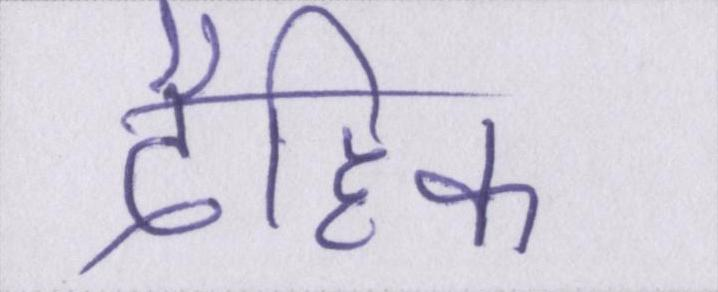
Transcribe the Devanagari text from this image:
दैहिक